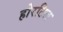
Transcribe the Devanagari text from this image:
होरटिल